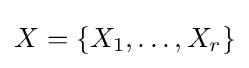
X=\{X_{1},\ldots ,X_{r}\}